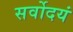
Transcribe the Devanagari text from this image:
सर्वोदयं